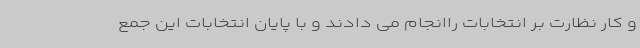
و کار نظارت بر انتخابات راانجام می دادند و با پایان انتخابات این جمع